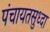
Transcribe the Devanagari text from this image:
पंचायतसुध्दा